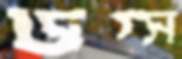
ডগ্স